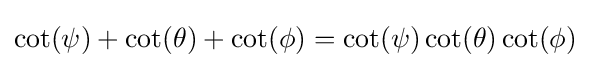
\cot(\psi )+\cot(\theta )+\cot(\phi )=\cot(\psi )\cot(\theta )\cot(\phi )